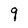
Character: q